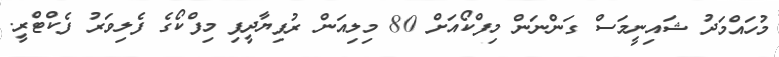
މުހައްމަދު ޝައިނީމަސް ގަންނަން މިފްކޯއަށް 80 މިލިއަން ރުފިޔާދީފި މިފްކޯގެ ފެލިވަރު ފެކްޓްރީ.